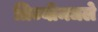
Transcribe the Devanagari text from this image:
त्रिज्यीमधले